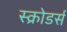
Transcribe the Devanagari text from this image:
स्क्रोडर्स